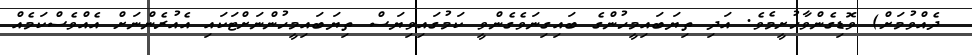
ދެއްވުމަށް) ވޮޑިގެންވާހުށީމެވެ. އަދި ތިޔަބައިމީހުންގެ ބައިގިނަވެގެންވީ ކަމުގައިވިޔަސް ތިޔަބައިމީހުންނަށްޓަކައި އެއުރެންނަށް އެއްވެސްކަމެއް